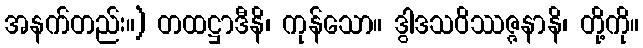
အနက်တည်း။) တထဋ္ဌာဒီနိ၊ ကုန်သော။ ဒွါဒသဝိဿဇ္ဇနာနိ၊ တို့ကို။